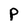
Character: P